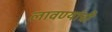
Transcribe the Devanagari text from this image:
लावण्यांची